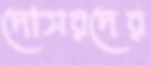
দোসরদের